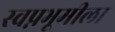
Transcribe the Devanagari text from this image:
स्वप्नभूमीला